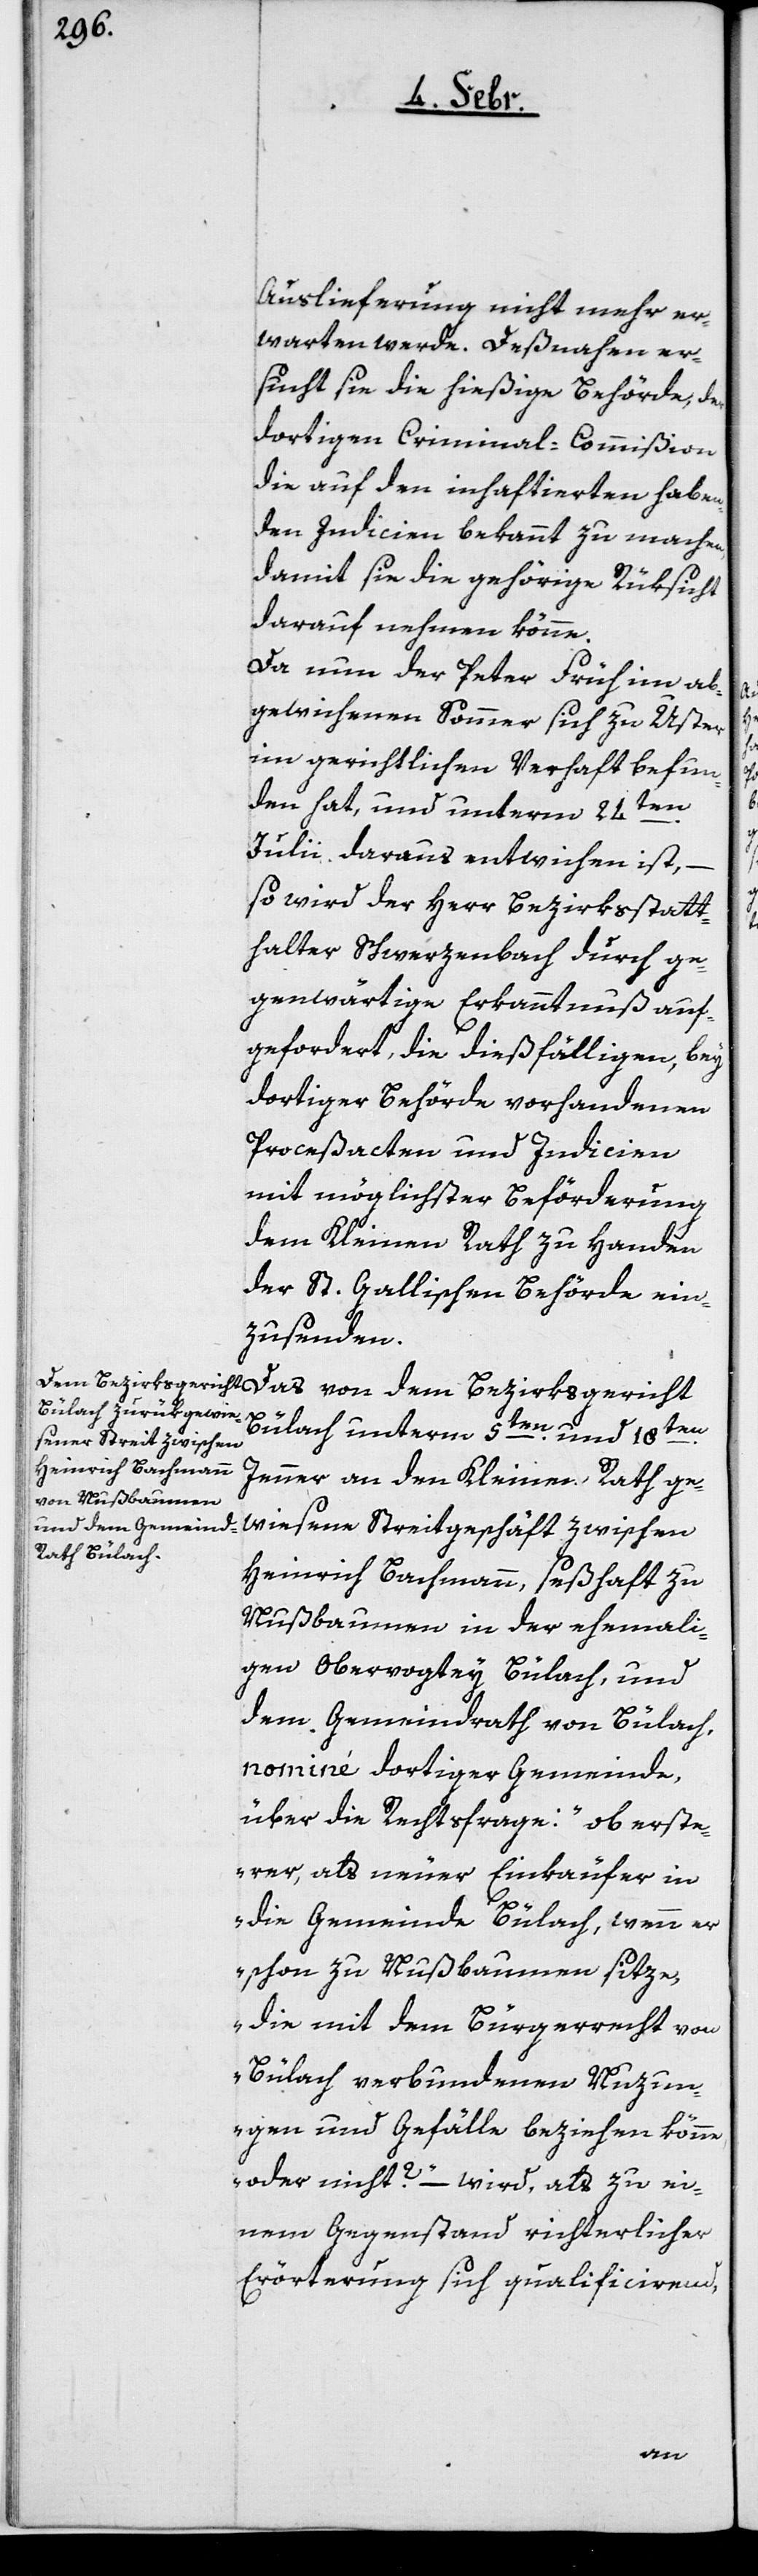
Auslieferung nicht mehr er¬
warten werde. Deßnahen er¬
sucht sie die hießige Behörde, der
dortigen Criminal-Commißion
die auf den inhaftierten haben¬
den Indicien bekannt zu machen,
damit sie die gehörige Rüksicht
darauf nehmen könne.
Da nun der Peter Früh im ab¬
gewichenen Sommer sich zu Uster
im gerichtlichen Verhaft befun¬
den hat, und unterm 24ten.
Julii daraus entwichen ist, –
so wird der Herr Bezirksstatt¬
halter Schwerzenbach durch ge¬
genwärtige Erkanntnuß auf¬
gefordert, die dießfälligen, bey
dortiger Behörde vorhandenen
Proceßacten und Indicien
mit möglichster Beförderung
dem kleinen Rath zu Handen
der St. Gallischen Behörde ein¬
zusenden.
Das von dem Bezirksgericht
Bülach unterm 5ten. und 18ten.
Jenner an den Kleinen Rath ge¬
wiesene Streitgeschäft zwischen
Heinrich Bachmann, seßhaft zu
Nußbaumen in der ehemali¬
gen Obervogtey Bülach, und
dem Gemeindrath von Bülach,
nominé dortiger Gemeinde,
über die Rechtsfrage: „ob erste¬
rer, als neuer Einkäufer in
die Gemeinde Bülach, wenn er
schon zu Nußbaumen sitze,
die mit dem Bürgerrecht von
Bülach verbundenen Nuzun¬
gen und Gefälle beziehen könne
oder nicht?“ – wird, als zu ei¬
nem Gegenstand richterlicher
Erörterung sich qualificierend,